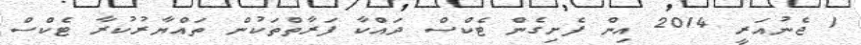
1 ޖެނުއަރީ 2014 އިން ފެށިގެން ޓެކްސް ދައްކާ ފަރާތްތަކުން ތައްޔާރުކުރާ ޓެކްސް